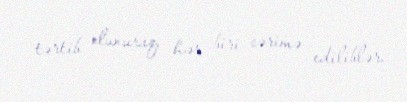
tərtib olunuraq, hər biri cərimə ediliblər.